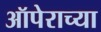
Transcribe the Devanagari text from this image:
ऑपेराच्या